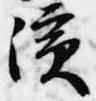
浜